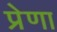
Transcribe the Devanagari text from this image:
प्रेणा